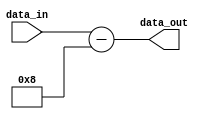
module Minus_8(data_in, data_out);
    input [5:0] data_in;
    output [5:0] data_out;

    assign data_out = data_in - 6'd8;
endmodule